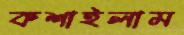
কশাইলাম